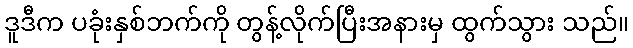
ဒူဒီက ပခုံးနှစ်ဘက်ကို တွန့်လိုက်ပြီးအနားမှ ထွက်သွား သည်။